Vital statistics of India. Vol. VI, European troops 1870-79
Year: 1870
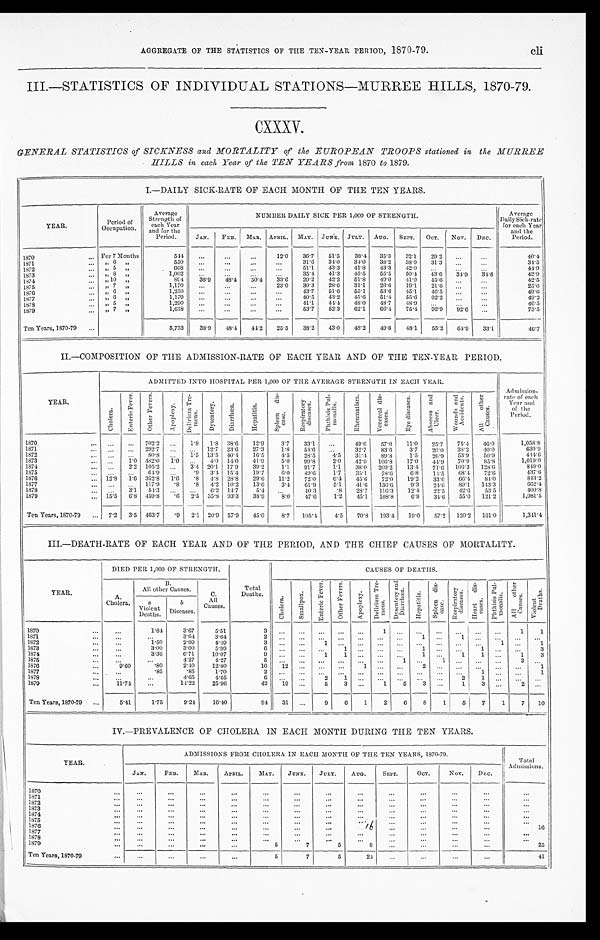
AGGREGATE OF THE STATISTICS OF THE TEN-YEAR PERIOD, 1870-79.
cli
III.—STATISTICS OF INDIVIDUAL STATIONS—MURREE HILLS, 1870-79.
CXXXV.
GENERAL STATISTICS of SICKNESS and MORTALITY of the EUROPEAN TROOPS stationed in the MURREE
HILLS in each Year of the TEN YEARS from 1870 to 1879.
I.—DAILY SICK-RATE OF EACH MONTH OF THE TEN YEARS.
YEAR
Period of
Occupation.
Average
Strength of
each Year
and for the
Period.
NUMBER DAILY SICK PER 1,000 OF STRENGTH.
Average
Daily Sick-rate
for each Year
and the
Period.
JAN. FEB. MAR. APRIL. MAY. JUNE. JULY. AUG. SEPT. OCT. NOV. DEC.
1870
For 7 Months
544
12.0 36.7 51.5 38.4 35.3 32.1 29.2
40.4
1871
„ 6 „
550
31.6
3 4 . 0
3 4 . 0
3 8 . 2 38.9 31.3
3 4 . 5
1872
„ 5 „
668
5 1 . 1 43.3 41.8
4 3 . 3
4 2 . 0
4 4 . 9
1873
„ 8 „
1,002
3 5 . 4
4 1 . 3
4 5 . 5
5 5 . 5
5 0 . 4
4 3 . 6 34.9
34.6
4 2 . 9
1874
„ 10 „
8 9 4 38.9 48.4 50.4
3 3 . 6
2 9 . 2
4 2 . 2
5 1 . 8
4 9 . 0
4 1 . 0
4 5 . 6
4 2 . 5
1875
„ 7 „
1 , 1 7 0
23.0
3 0 . 3
2 8 . 6
3 1 . 1
2 6 . 6
1 9 . 1
2 1 . 6
2 5 . 6
1876
„ 6 „
1,250
4 3 . 7
5 1 . 6
5 5 . 1
5 3 . 6
4 5 . 1
4 6 . 5
4 9 . 6
1877
„ 6 „
1,179
4 0 . 5
4 3 . 2
4 5 . 6
5 1 . 4
5 5 . 6 62.2
4 9 . 2
1878
„ 5 „
1,290
41.1 44.4 48.0 48.7 48.9
46.5
1879
„ 7 „
1,618
53.7 52.3 62.1 66.4 75.4 92.9 92.6
73.5
Ten Years, 1870-79
5,733 38.9 48.4 44.2 25.5 38.2 43.0 48.2 49.6 48.1 55.2 64.9 33.1
46.7
II.-COMPOSITION OF THE ADMISSION-RATE OF EACH YEAR AND OF THE TEN-YEAR PERIOD.
YEAR.
ADMITTED INTO HOSPITAL PER 1,000 OF THE AVERAGE STRENGTH IN EACH YEAR.
Admission-
rate of each
Year and
of the
Period.
C h o l e r a .
E n t e r i c F e v e r . O t h e r F e v e r s .
A p o p l e x y .
D e l i r i u m T r e -
m e n s .
D y s e n t e r y .
D i a r r h œ a .
H e p a t i t i s . S p l e e n d i s -
e a s e . Respiratory
diseases.
P h t h i s i s P u l -
m o n a l i s .
R h e u m a t i s m . V e n e r e a l d i s -
c a s e s .
E y e d i s e a s e s .
A b s c e s s a n d
U l c e r .
W o u n d s a n d
A c c i d e n t s .
A l l o t h e r
C a u s e s .
1870
702.2
1.8 1.8 38.6 12.9 3.7 33.1
49.6 57.0 11.0 25.7 75.4 46.0
1,058.8
1871
292.7
12.7 23.6 27.3 1.8
5 4 . 6
32.7 83.6 3.7 20.0 38.2
4 0 . 0
630.9
1872
80.8
1.5 13.5 40. 4 16.5
4 . 5 28.5 4.5 31.4 89.8
1.5 26.9 53.9 50.9
444.6
1873
1.0 482.0 1.0
4.0 14.0 41.9 5.0 99.8 2.0 42.9 106.8 17.0 44.9 70.9 85.8
1,019.0
1874
2.2 105.2
3.4 20.1 17.9 39.2 1.1 91.7
1.1
38. 0
2 0 9 . 2 13.4 71.6
1 0 6 . 3 128.6 849.0
1875
64.9
.9 3.4 15.4 19.7
6 . 0 49.6 1.7 35.1 78.6 6.8
1 4 . 5 68.4 72.6
437.6
1876
12.8 1.6 352.8 1.6 .8 4.8 28.8 29.6 11.2 72.0 6.4 45.6 72.0 19.2 33.6
6 6 . 4 84.0
843.2
1877
117.9 .8 .8 4.2 10.2 13.6 3.4 61.9
5.1 41.6 136.6 9.3 24.6 89.1 143.3
662.4
1878
3.1
54. 3
6. 2 14.7
5.4
40.3
.8 28.7 116.3 12.4 22.5 42.6 53.5
400.8
1879
15.5 6.8 459. 8
. 6 2.5 35.8 93. 3 38.9 8.0 47.6 1.2 45.1 108.8
6.8 34.6 55.0 121.2
1,081.5
Ten Years, 1870-79
7.2 3.5 463.7 .9 2.1 20.9 57.9 45.0 8.7 105.4 4.5 70.8 193.4 19.0 57.2 120.2 161.0
1,341.4
III.—DEATH-RATE OF EACH YEAR AND OF THE PERIOD, AND THE CHIEF CAUSES OF MORTALITY.
YEAR.
DIED PER 1,000 OF STRENGTH.
CAUSES OF DEATHS.
A.
Cholera.
B .
All other Causes.
C.
All
Causes.
Total
Deaths.
C h o l e r a .
S m a l l p o x .
E n t e r i c F e v e r . O t h e r F e v e r s .
A p o p l e x y .
D e l i r i u m T r e -
m e n s .
D y s e n t e r y a n d
D i a r r h œ a H e p a t i t i s .
S p l e e n d i s -
e a s e .
R e s p i r a t o r y
d i s e a s e s .
H e a r t d i s -
e a s e s . P h t h i s i s P u l -
mo n a l i s .
A l l o t h e r
c a u s e s .
V i o l e n t
D e a t h s .
a
Violent
Deaths.
B
Diseases.
1870
1.84
3.67
5.51
3
1
1 1
1871
3.64
3.64
2
1
1
1872
1.50
2.99
4.49
3
1
1
1
1873
3.00
3.00
5.99
6
1
1
1
3
1874
3.36
6.71
10.07
9
1
1
1
1 1
1
3
1875
4.27
4.27
5
1
1
3
1876
9.60
. 8 0
2.40 12.80
16 12
1
2
1
1 8 7 7
.85
.85
1.70
2
1
1
1878
4.65
4.65
6
2 1
2
1
1879
11.74
14.22
25.96
42 19
5 3
1 5 3
1 3
2
Ten Years, 1870-79
5.41
1.75
9.24 16.40
9 4 31
9 6 1 2 6 8 1 5 7 1 7 10
IV.—PREVALENCE OF CHOLERA IN EACH MONTH DURING THE TEN YEARS.
YEAR.
ADMISSIONS FROM CHOLERA IN EACH MONTH OF THE TEN YEARS, 1870-79.
Total
Admissions.
JAN.
F E B . MAR. APRIL. MAY. JUNE. JULY. AUG. SEPT.
O C T .
NOV. DEC.
1 8 7 0
1871 1872 1 8 7 3
1874 1875 1876
1 6
16
1877 1878
1879
5
7
5 8
25
Ten Years, 1870-79
5
7
5
41